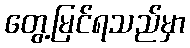
တွေ့မြင်ရသည်မှာ